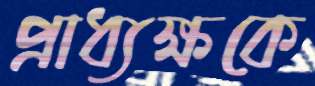
প্রাধ্যক্ষকে